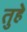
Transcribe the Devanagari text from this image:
तुहे